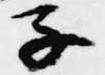
子